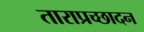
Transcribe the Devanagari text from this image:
ताराप्रच्छादन